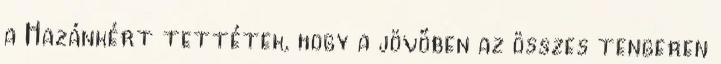
a Hazánkért tettétek, hogy a jövőben az összes tengeren